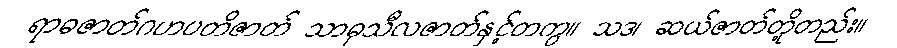
ရာဓဇာတ်ဂဟပတိဇာတ် သာဓုသီလဇာတ်နှင့်တကွ။ သဒ၊ ဆယ်ဇာတ်တို့တည်း။